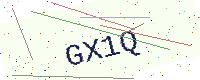
Text: GX1Q